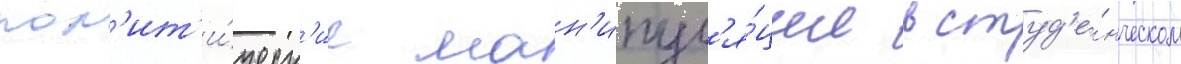
пол'ит'и́ческ'ие ман'ипул'я́ции в студ'е́нческом